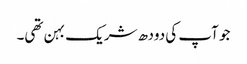
جو آپ کی دودھ شریک بہن تھی۔